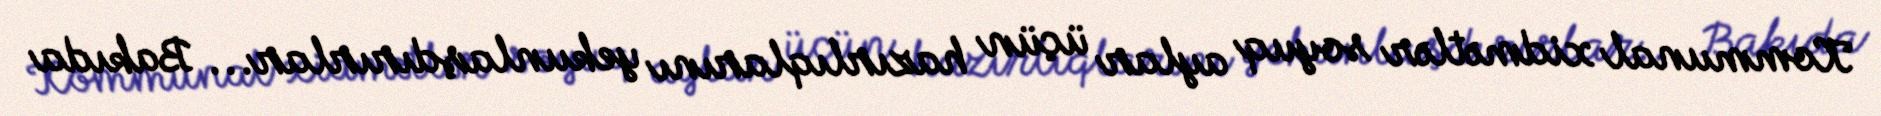
Kommunal xidmətlər soyuq aylar üçün hazırlıqlarını yekunlaşdırırlar... Bakıda